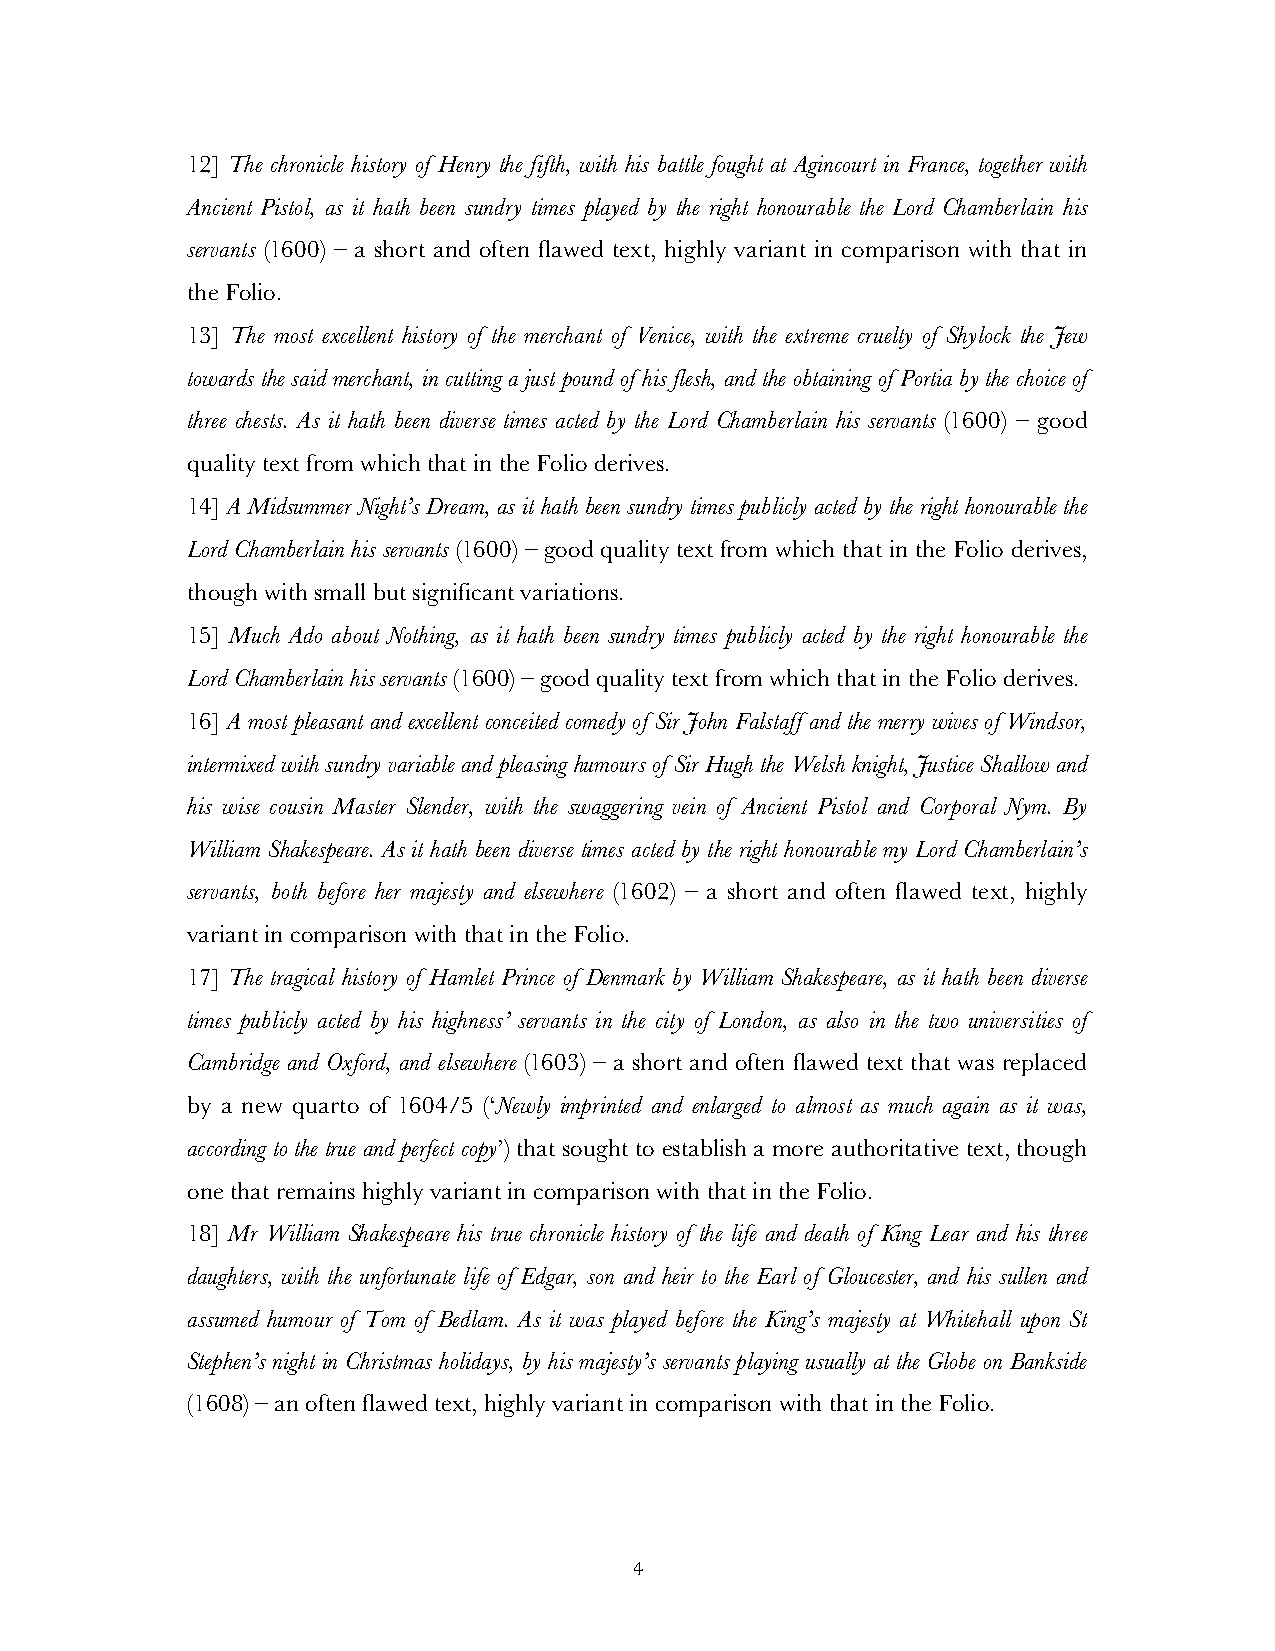
12] The chronicle history of Henry the fifth, with his battle fought at Agincourt in France, together with
 Ancient Pistol, as it hath been sundry times played by the right honourable the Lord Chamberlain his
 servants (1600) – a short and often flawed text, highly variant in comparison with that in
 the Folio.
 13] The most excellent history of the merchant of Venice, with the extreme cruelty of Shylock the Jew
 towards the said merchant, in cutting a just pound of his flesh, and the obtaining of Portia by the choice of
 three chests. As it hath been diverse times acted by the Lord Chamberlain his servants (1600) – good
 quality text from which that in the Folio derives.
 14] A Midsummer Night’s Dream, as it hath been sundry times publicly acted by the right honourable the
 Lord Chamberlain his servants (1600) – good quality text from which that in the Folio derives,
 though with small but significant variations.
 15] Much Ado about Nothing, as it hath been sundry times publicly acted by the right honourable the
 Lord Chamberlain his servants (1600) – good quality text from which that in the Folio derives.
 16] A most pleasant and excellent conceited comedy of Sir John Falstaff and the merry wives of Windsor,
 intermixed with sundry variable and pleasing humours of Sir Hugh the Welsh knight, Justice Shallow and
 his wise cousin Master Slender, with the swaggering vein of Ancient Pistol and Corporal Nym. By
 William Shakespeare. As it hath been diverse times acted by the right honourable my Lord Chamberlain’s
 servants, both before her majesty and elsewhere (1602) – a short and often flawed text, highly
 variant in comparison with that in the Folio.
 17] The tragical history of Hamlet Prince of Denmark by William Shakespeare, as it hath been diverse
 times publicly acted by his highness’ servants in the city of London, as also in the two universities of
 Cambridge and Oxford, and elsewhere (1603) – a short and often flawed text that was replaced
 by a new quarto of 1604/5 (‘Newly imprinted and enlarged to almost as much again as it was,
 according to the true and perfect copy’) that sought to establish a more authoritative text, though
 one that remains highly variant in comparison with that in the Folio.
 18] Mr William Shakespeare his true chronicle history of the life and death of King Lear and his three
 daughters, with the unfortunate life of Edgar, son and heir to the Earl of Gloucester, and his sullen and
 assumed humour of Tom of Bedlam. As it was played before the King’s majesty at Whitehall upon St
 Stephen’s night in Christmas holidays, by his majesty’s servants playing usually at the Globe on Bankside
 (1608) – an often flawed text, highly variant in comparison with that in the Folio.
 4